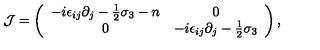
{ \cal J } = \left( \begin{array} { c c } { - i \epsilon _ { i j } \partial _ { j } - { \frac { 1 } { 2 } } \sigma _ { 3 } - n } & { 0 } \\ { 0 } & { - i \epsilon _ { i j } \partial _ { j } - { \frac { 1 } { 2 } } \sigma _ { 3 } } \\ \end{array} \right) ,